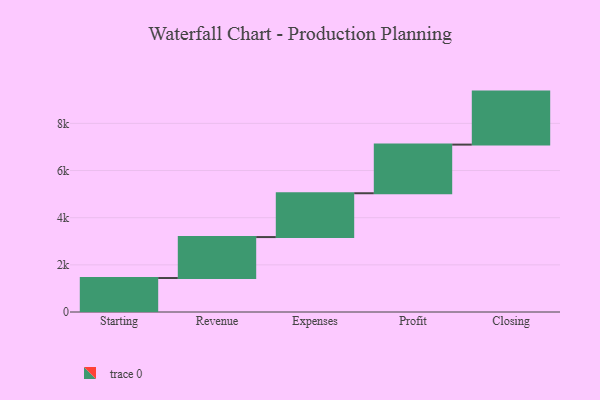
{"axis": {"x": "Step", "y": "Value"}, "legend": [""], "data": [{"x": "Starting", "y": 1441.0, "type": ""}, {"x": "Revenue", "y": 1737.0, "type": ""}, {"x": "Expenses", "y": 1859.0, "type": ""}, {"x": "Profit", "y": 2063.0, "type": ""}, {"x": "Closing", "y": 2248.0, "type": ""}]}